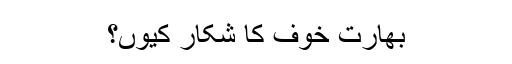
بھارت خوف کا شکار کیوں؟